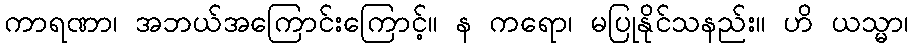
ကာရဏာ၊ အဘယ်အကြောင်းကြောင့်။ န ကရော၊ မပြုနိုင်သနည်း။ ဟိ ယသ္မာ၊